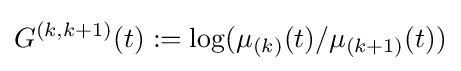
G^{(k,k+1)}(t):=\log(\mu _{(k)}(t)/\mu _{(k+1)}(t))